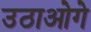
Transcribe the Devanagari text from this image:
उठाओगे